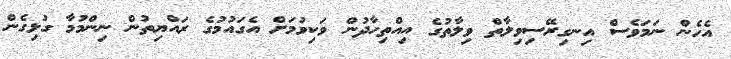
އެހެން ނަމަވެސް އިނގިރޭސިވިލާތް ވިލާތުގެ އިއްތިހާދުން ވަކިވުމަށް އެގައުމުގެ ރައްޔިތުން ނިންމުމާ ގުޅިގެން